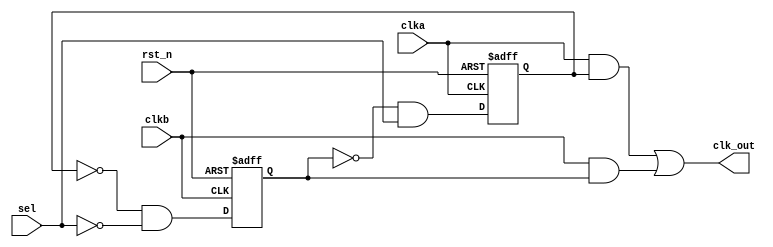
module clk_sw(
    input           clka,
    input           clkb,
    input           rst_n,
    input           sel,
    output          clk_out
);

reg     clka_out;
always @(negedge clka or negedge rst_n) begin
    if(!rst_n)
        clka_out <= 1'b0;
    else
        clka_out <= (~clkb_out) && sel;
end

reg     clkb_out;
always @(negedge clkb or negedge rst_n) begin
    if(!rst_n)
        clkb_out <= 1'b0;
    else
        clkb_out <= (~clka_out) && (~sel);
end

assign clk_out = (clka & clka_out) | (clkb & clkb_out);

endmodule